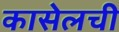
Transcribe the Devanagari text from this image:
कासेलची